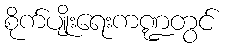
စိုက်ပျိုးရေးကဏ္ဍတွင်